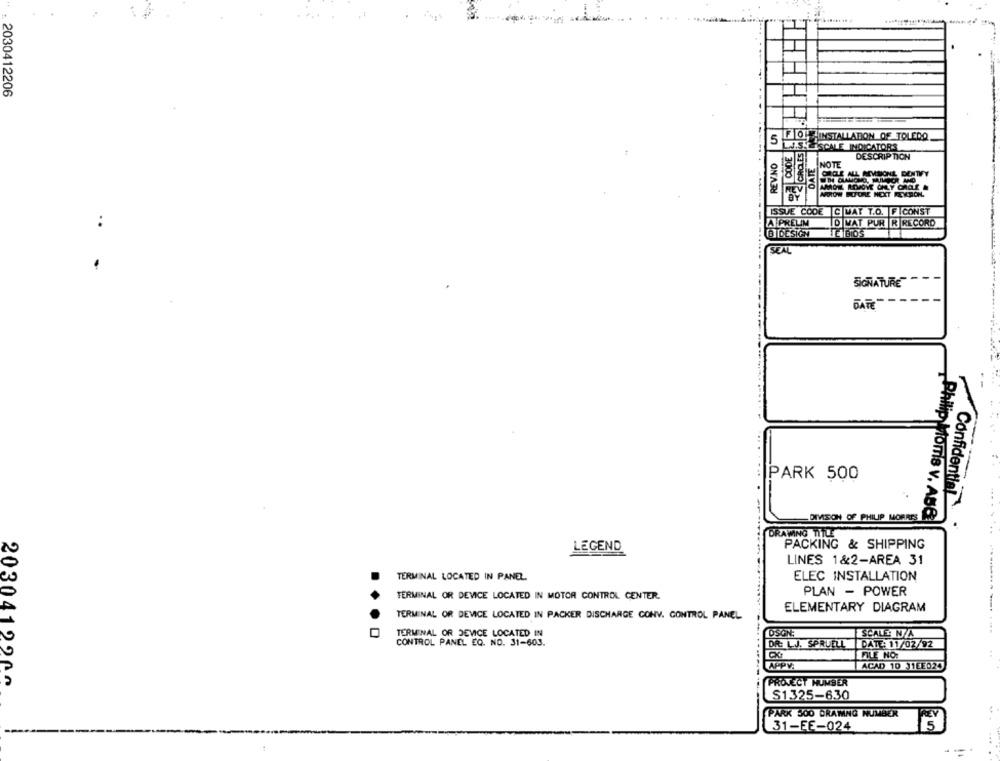
2030412206
FLOU INSTALLATION OF TOLEDO
5 TISHLISCALE INDICATORS
REV.NO
DATE
DESCRIPTION
NOTE
APOIOW BEFORE NEXT FEXBON.
ISSUE CODE C WAT T.O. FICONST
A PRELIM
..
D VAT PUR R RECORD
BIDESIGN
SEAL
SIGNATURE"
DATE
-----
PARK 500
Confidential
DIVISION OF PHILIP MORRIS
Philip Moms v. ABB
DRAWING TITLE
LEGEND
PACKING & SHIPPING
LINES 1&2-AREA 31
TERMINAL LOCATED IN PANEL
ELEC INSTALLATION
PLAN - POWER
TERMINAL OR DEVICE LOCATED IN MOTOR CONTROL CENTER.
ELEMENTARY DIAGRAM
TERMINAL OR DEVICE LOCATED IN PACKER DISCHARGE CONV. CONTROL PANEL
TERMINAL OR DEVICE LOCATED IN
DSON;
SCALE: N/A
CONTROL PANEL EQ. NO. 31-603.
DR: L.J. SPRUELL
DATE: 11/02/92
APPV
ACAD 10 1EE024
2030412900
PROJECT HUMBER
S1.325-6.30
PARK 500 DRAWNG NUMBER
31-EE-024
...